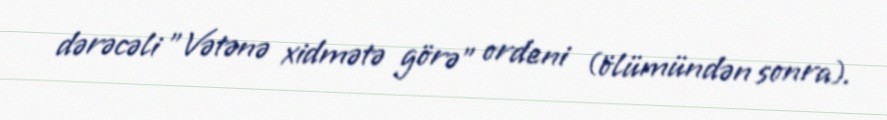
dərəcəli "Vətənə xidmətə görə" ordeni (ölümündən sonra).